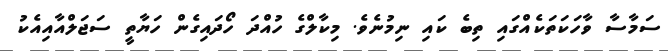
ސަމާސާ ވާހަކަތަކެއްގައި ތިބެ ކައި ނިމުނެވެ. މިކާލްގެ ހުއްދަ ހޯދައިގެން ހަޔާތީ ސަޖަލްއާއިއެކު